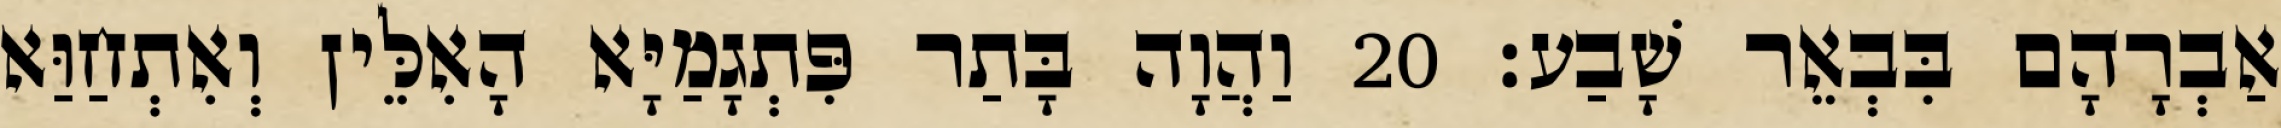
אַבְרָהָם בִּבְאֵר שָׁבַע׃ 20 וַהֲוָה בָּתַר פִּתְגָמַיָּא הָאִלֵּין וְאִתְחַוַּא